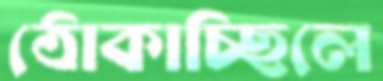
ঠোকাচ্ছিলে